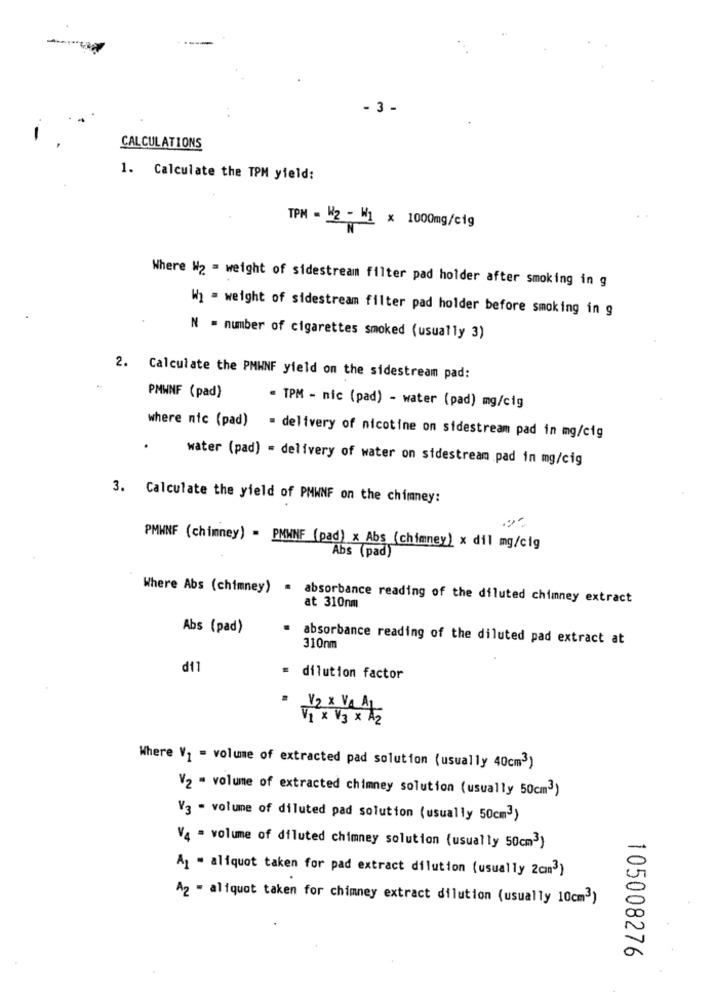
- 3-
CALCULATIONS
1. Calculate the TPM yield:
TPM - W2 - W1 x 1000mg/cig
Where W2 = weight of sidestream filter pad holder after smoking in g
W] = weight of sidestream filter pad holder before smoking in g
N = number of cigarettes smoked (usually 3)
2. Calculate the PMWNF yield on the sidestream pad:
PMWNF (pad)
· TPM - nic (pad) - water (pad) mg/cig
where nic (pad) = delivery of nicotine on sidestream pad in mg/cig
.
water (pad) = delivery of water on sidestream pad in mg/cig
3. Calculate the yield of PMWNF on the chimney:
PMWNF (chimney) = PMWNF (pad) x Abs (chimney) x dil mg/cig
Abs (pad)
Where Abs (chimney) = absorbance reading of the diluted chimney extract
at 310nm
Abs (pad)
absorbance reading of the diluted pad extract at
310nm
df1
= dilution factor
1/2 x VA A
V1 × 13 × A2
Where V1 = volume of extracted pad solution (usually 40cm3)
V2 - volume of extracted chimney solution (usually 50cm3)
V3 - volume of diluted pad solution (usually 50cm3)
V4 - volume of diluted chimney solution (usually 50cm3)
A1 - aliquot taken for pad extract dilution (usually 2cm3)
A2 - aliquot taken for chimney extract dilution (usually 10cm3)
105008276